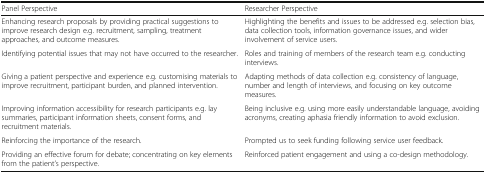
| Panel Perspective | Researcher Perspective |
 | --- | --- |
 | Enhancing research proposals by providing practical suggestions to improve research design e.g. recruitment, sampling, treatment approaches, and outcome measures. | Highlighting the benefits and issues to be addressed e.g. selection bias, data collection tools, information governance issues, and wider involvement of service users. |
 | Identifying potential issues that may not have occurred to the researcher. | Roles and training of members of the research team e.g. conducting interviews. |
 | Giving a patient perspective and experience e.g. customising materials to improve recruitment, participant burden, and planned intervention. | Adapting methods of data collection e.g. consistency of language, number and length of interviews, and focusing on key outcome measures. |
 | Improving information accessibility for research participants e.g. lay summaries, participant information sheets, consent forms, and recruitment materials. | Being inclusive e.g. using more easily understandable language, avoiding acronyms, creating aphasia friendly information to avoid exclusion. |
 | Reinforcing the importance of the research. | Prompted us to seek funding following service user feedback. |
 | Providing an effective forum for debate; concentrating on key elements from the patient’s perspective. | Reinforced patient engagement and using a co-design methodology. |